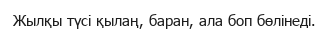
Жылқы түсі қылаң, баран, ала боп бөлінеді.